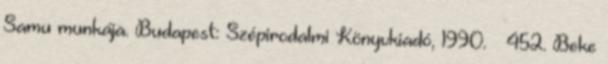
Samu munkája. Budapest: Szépirodalmi Könyvkiadó, 1990. – 452. Beke